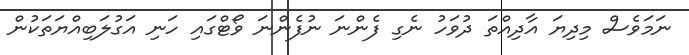
ނަމަވެސް މިދިޔަ އާދިއްތަ ދުވަހު ނެގި ފެންނަ ނުފެންނަ ވޯޓްގައި ހަނި އަގުލަބިއްޔަތަކުން